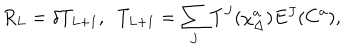
LaTeX: R _ { L } = \delta T _ { L + 1 } , \; \; T _ { L + 1 } = \sum _ { J } T ^ { J } ( \chi _ { \Delta } ^ { a } ) E ^ { J } ( C ^ { a } ) ,